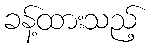
ခန့်ထားသည့်